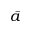
\bar { a }